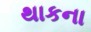
થાકના